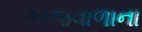
અજવાળાના